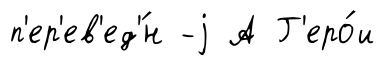
п'ер'ев'ед'́н -j А Г'еро́и